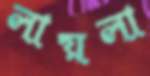
লায়লা